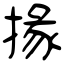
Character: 掾